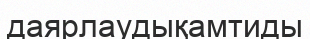
даярлаудықамтиды